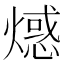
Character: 𤏘